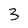
Character: 3